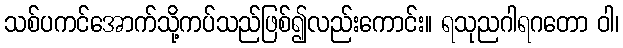
သစ်ပကင်အောက်သို့ကပ်သည်ဖြစ်၍လည်းကောင်း။ ရသုညဂါရဂတော ဝါ၊